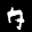
Label: 7